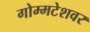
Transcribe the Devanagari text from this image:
गोम्मटेशवर